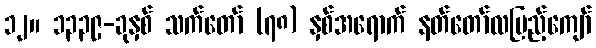
၁၂။ ၁၃၃၉-ခုနှစ် သက်တော် (၇၈) နှစ်အရောက် နတ်တော်လပြည့်ကျော်